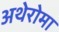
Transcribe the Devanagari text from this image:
अथेरोमा